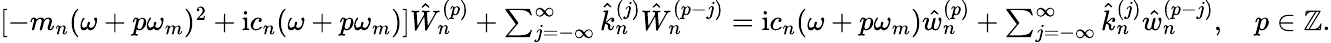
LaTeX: \begin{array}{r}{[-m_{n}(\omega+p\omega_{m})^{2}+\mathrm{i}c_{n}(\omega+p\omega_{m})]\hat{W}_{n}^{(p)}+\sum_{j=-\infty}^{\infty}\hat{k}_{n}^{(j)}\hat{W}_{n}^{(p-j)}=\mathrm{i}c_{n}(\omega+p\omega_{m})\hat{w}_{n}^{(p)}+\sum_{j=-\infty}^{\infty}\hat{k}_{n}^{(j)}\hat{w}_{n}^{(p-j)},\quad p\in\mathbb{Z}.}\end{array}